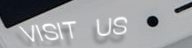
VISIT US